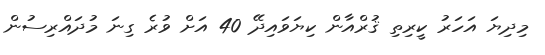
މިދިޔަ އަހަރު ކީރިތި ޤުރްއާން ކިޔަވައިދޭ 40 އަށް ވުރެ ގިނަ މުދައްރިސުން